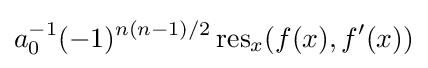
a_{0}^{-1}(-1)^{n(n-1)/2}\operatorname {res} _{x}(f(x),f'(x))